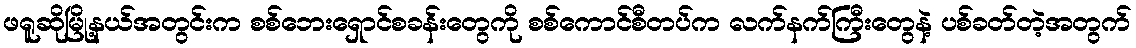
ဖရူဆိုမြို့နယ်အတွင်းက စစ်ဘေးရှောင်စခန်းတွေကို စစ်ကောင်စီတပ်က လက်နက်ကြီးတွေနဲ့ ပစ်ခတ်တဲ့အတွက်